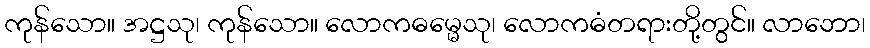
ကုန်သော။ အဋ္ဌသု၊ ကုန်သော။ လောကဓမ္မေသု၊ လောကဓံတရားတို့တွင်။ လာဘော၊